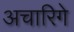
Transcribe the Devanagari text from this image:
अचारिगे